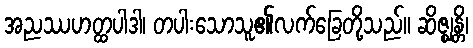
အညဿဟတ္ထပါဒါ၊ တပါးသောသူ၏လက်ခြေတို့သည်။ ဆိဇ္ဈန္တိ၊